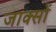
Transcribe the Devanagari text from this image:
जाक्सों